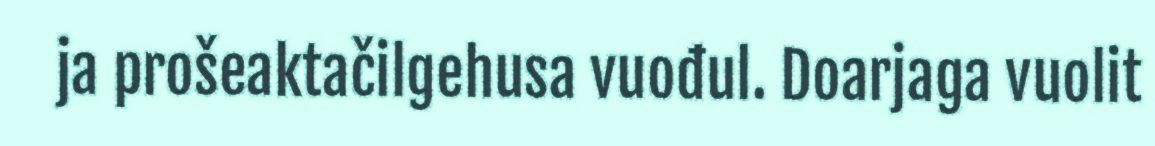
ja prošeaktačilgehusa vuođul. Doarjaga vuolit